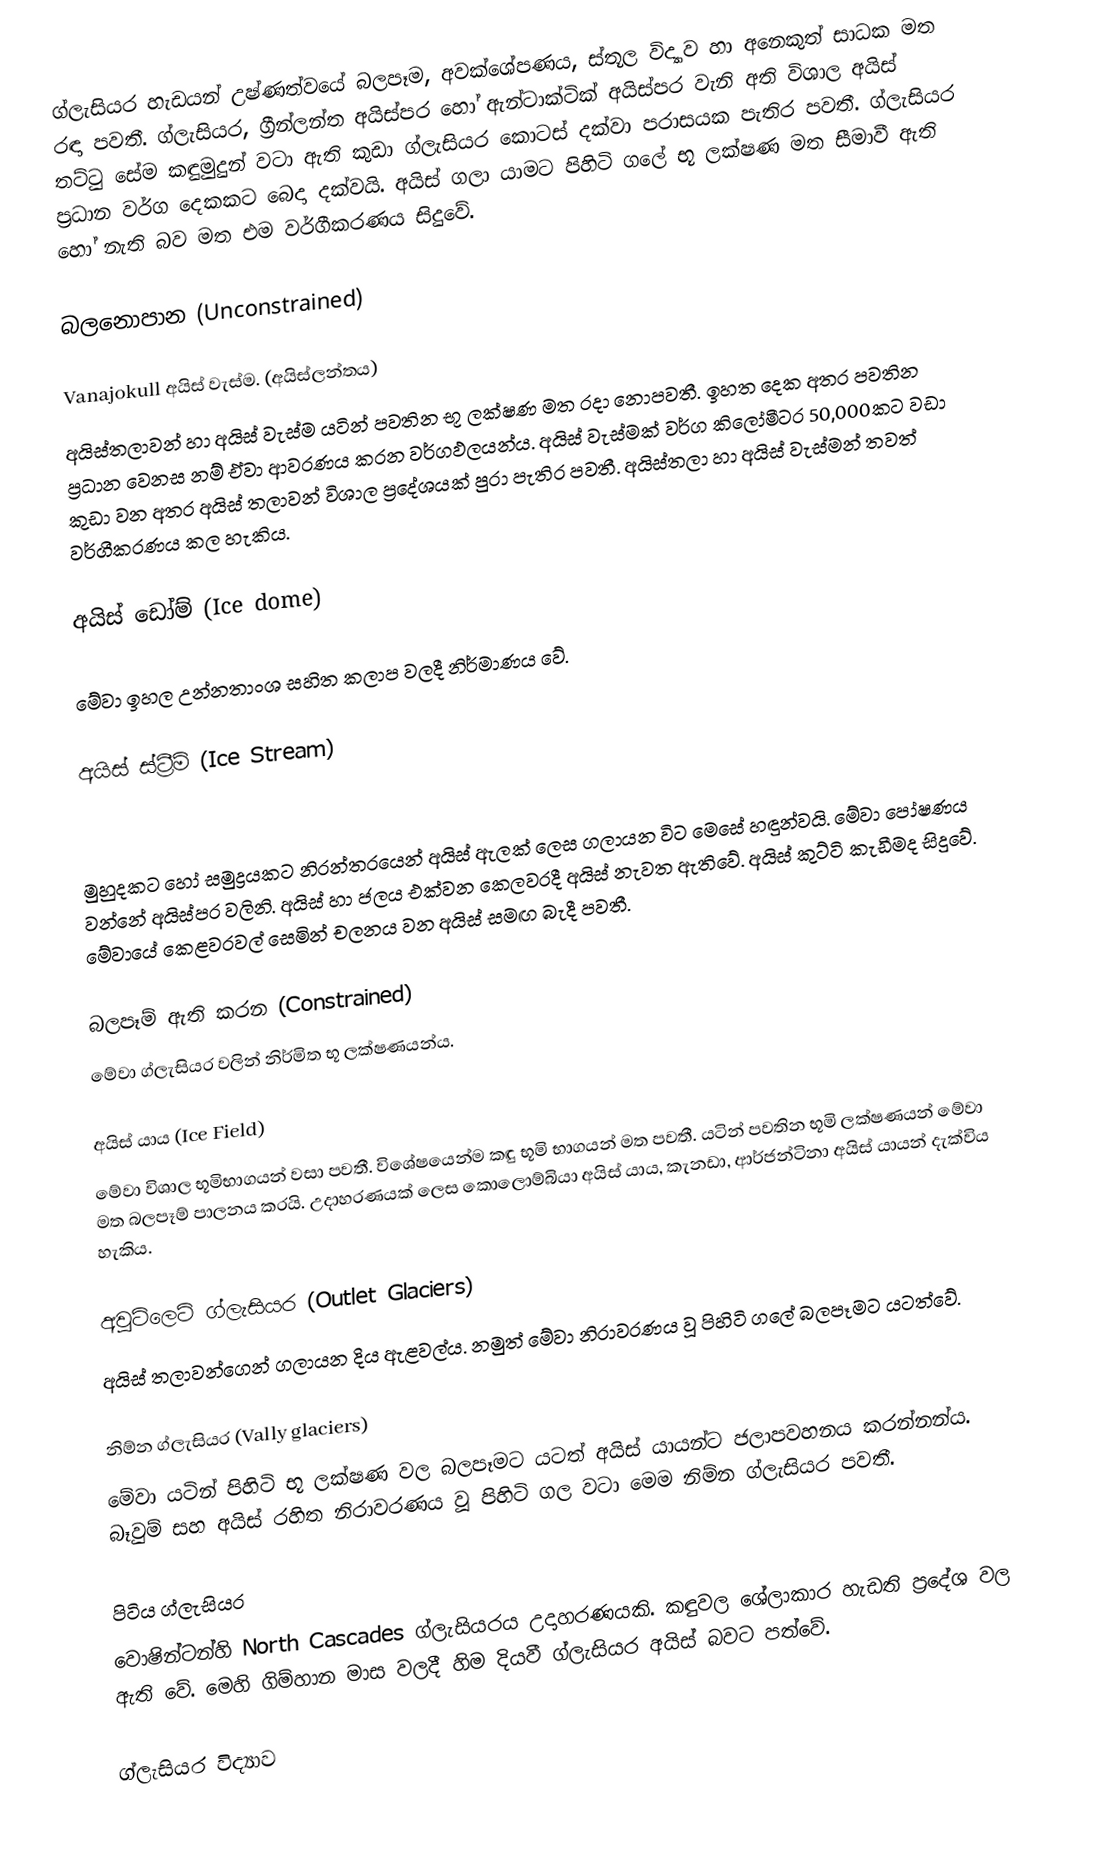
ග්ලැසියර හැඩයන් උෂ්ණත්වයේ බලපෑම, අවක්ශේපණය, ස්තූල විද්‍යාව හා අනෙකුත් සාධක මත රඳා පවතී. ග්ලැසියර, ග්‍රීන්ලන්ත අයිස්පර හෝ ඇන්ටාක්ටික් අයිස්පර වැනි අති විශාල අයිස් තට්ටු සේම කඳුමුදුන් වටා ඇති කුඩා ග්ලැසියර කොටස් දක්වා පරාසයක පැතිර පවතී. ග්ලැසියර ප්‍රධාන වර්ග දෙකකට බෙදා දක්වයි. අයිස් ගලා යාමට පිහිටි ගලේ භූ ලක්ෂණ මත සීමාවී ඇති හෝ නැති බව මත එම වර්ගීකරණය සිදුවේ.

බලනොපාන (Unconstrained)

Vanajokull අයිස් වැස්ම. (අයිස්ලන්තය)
අයිස්තලාවන් හා අයිස් වැස්ම යටින් පවතින භූ ලක්ෂණ මත රදා නොපවතී. ඉහත දෙක අතර පවතින ප්‍රධාන වෙනස නම් ඒවා ආවරණය කරන වර්ගඵලයන්ය. අයිස් වැස්මක් වර්ග කිලෝමීටර 50,000කට වඩා කුඩා වන අතර අයිස් තලාවන් විශාල ප්‍රදේශයක් පුරා පැතිර පවතී. අයිස්තලා හා අයිස් වැස්මන් තවත් වර්ගීකරණය කල හැකිය.

අයිස් ඩෝම් (Ice dome)

මේවා ඉහල උන්නතාංශ සහිත කලාප වලදී නිර්මාණය වේ.

අයිස් ස්ට්‍රීම් (Ice Stream)

මුහුදකට හෝ සමුද්‍රයකට නිරන්තරයෙන් අයිස් ඇලක් ලෙස ගලායන විට මෙසේ හඳුන්වයි. මේවා පෝෂණය වන්නේ අයිස්පර වලිනි. අයිස් හා ජලය එක්වන කෙලවරදී අයිස් නැවත ඇතිවේ. අයිස් කුට්ටි කැඩීමද සිදුවේ. මේවායේ කෙළවරවල් සෙමින් චලනය වන අයිස් සමඟ බැදී පවතී.

බලපෑම් ඇති කරන (Constrained)
මේවා ග්ලැසියර වලින් නිර්මිත භූ ලක්ෂණයන්ය.

අයිස් යාය (Ice Field)
මේවා විශාල භූමිභාගයන් වසා පවතී. විශේෂයෙන්ම කඳු භූමි භාගයන් මත පවතී. යටින් පවතින භූමි ලක්ෂණයන් මේවා මත බලපෑම් පාලනය කරයි. උදාහරණයක් ලෙස කොලොම්බියා අයිස් යාය, කැනඩා, ආර්ජන්ටිනා අයිස් යායන් දැක්විය හැකිය.

අවුට්ලෙට් ග්ලැසියර (Outlet Glaciers)
අයිස් තලාවන්ගෙන් ගලායන දිය ඇළවල්ය‍. නමුත් මේවා නිරාවරණය වූ පිහිටි ගලේ බලපෑමට යටත්වේ.

නිම්න ග්ලැසියර (Vally glaciers)
මේවා යටින් පිහිටි භූ ලක්ෂණ වල බලපෑමට යටත් අයිස් යායන්ට ජලාපවහනය කරන්නන්ය. බෑවුම් සහ අයිස් රහිත නිරාවරණය වූ පිහිටි ගල වටා මෙම නිම්න ග්ලැසියර පවතී.

පිටිය ග්ලැසියර
වොෂින්ටන්හි North Cascades ග්ලැසියරය උදාහරණයකි. කඳුවල ශේලාකාර හැඩති ප්‍රදේශ වල ඇති වේ. මෙහි ගිම්හාන මාස වලදී හිම දියවී ග්ලැසියර අයිස් බවට පත්වේ.

ග්ලැසියර විද්‍යාව